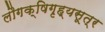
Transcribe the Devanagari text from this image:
लौगक्षिगृह्यसूत्र